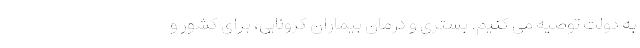
به دولت توصیه می کنیم. بستری و درمان بیماران کرونایی، برای کشور و